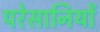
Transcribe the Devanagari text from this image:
परेसानियों